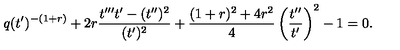
q ( t ^ { \prime } ) ^ { - ( 1 + r ) } + 2 r \frac { t ^ { \prime \prime \prime } t ^ { \prime } - ( t ^ { \prime \prime } ) ^ { 2 } } { ( t ^ { \prime } ) ^ { 2 } } + \frac { ( 1 + r ) ^ { 2 } + 4 r ^ { 2 } } { 4 } \left( \frac { t ^ { \prime \prime } } { t ^ { \prime } } \right) ^ { 2 } - 1 = 0 .